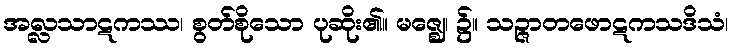
အလ္လသာဋကဿ၊ စွတ်စိုသော ပုဆိုး၏။ မဇ္ဈေ၊ ၌။ သဉ္ဇာတဖောဋကသဒိသံ၊